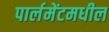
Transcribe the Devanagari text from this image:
पार्लमेंटमधील